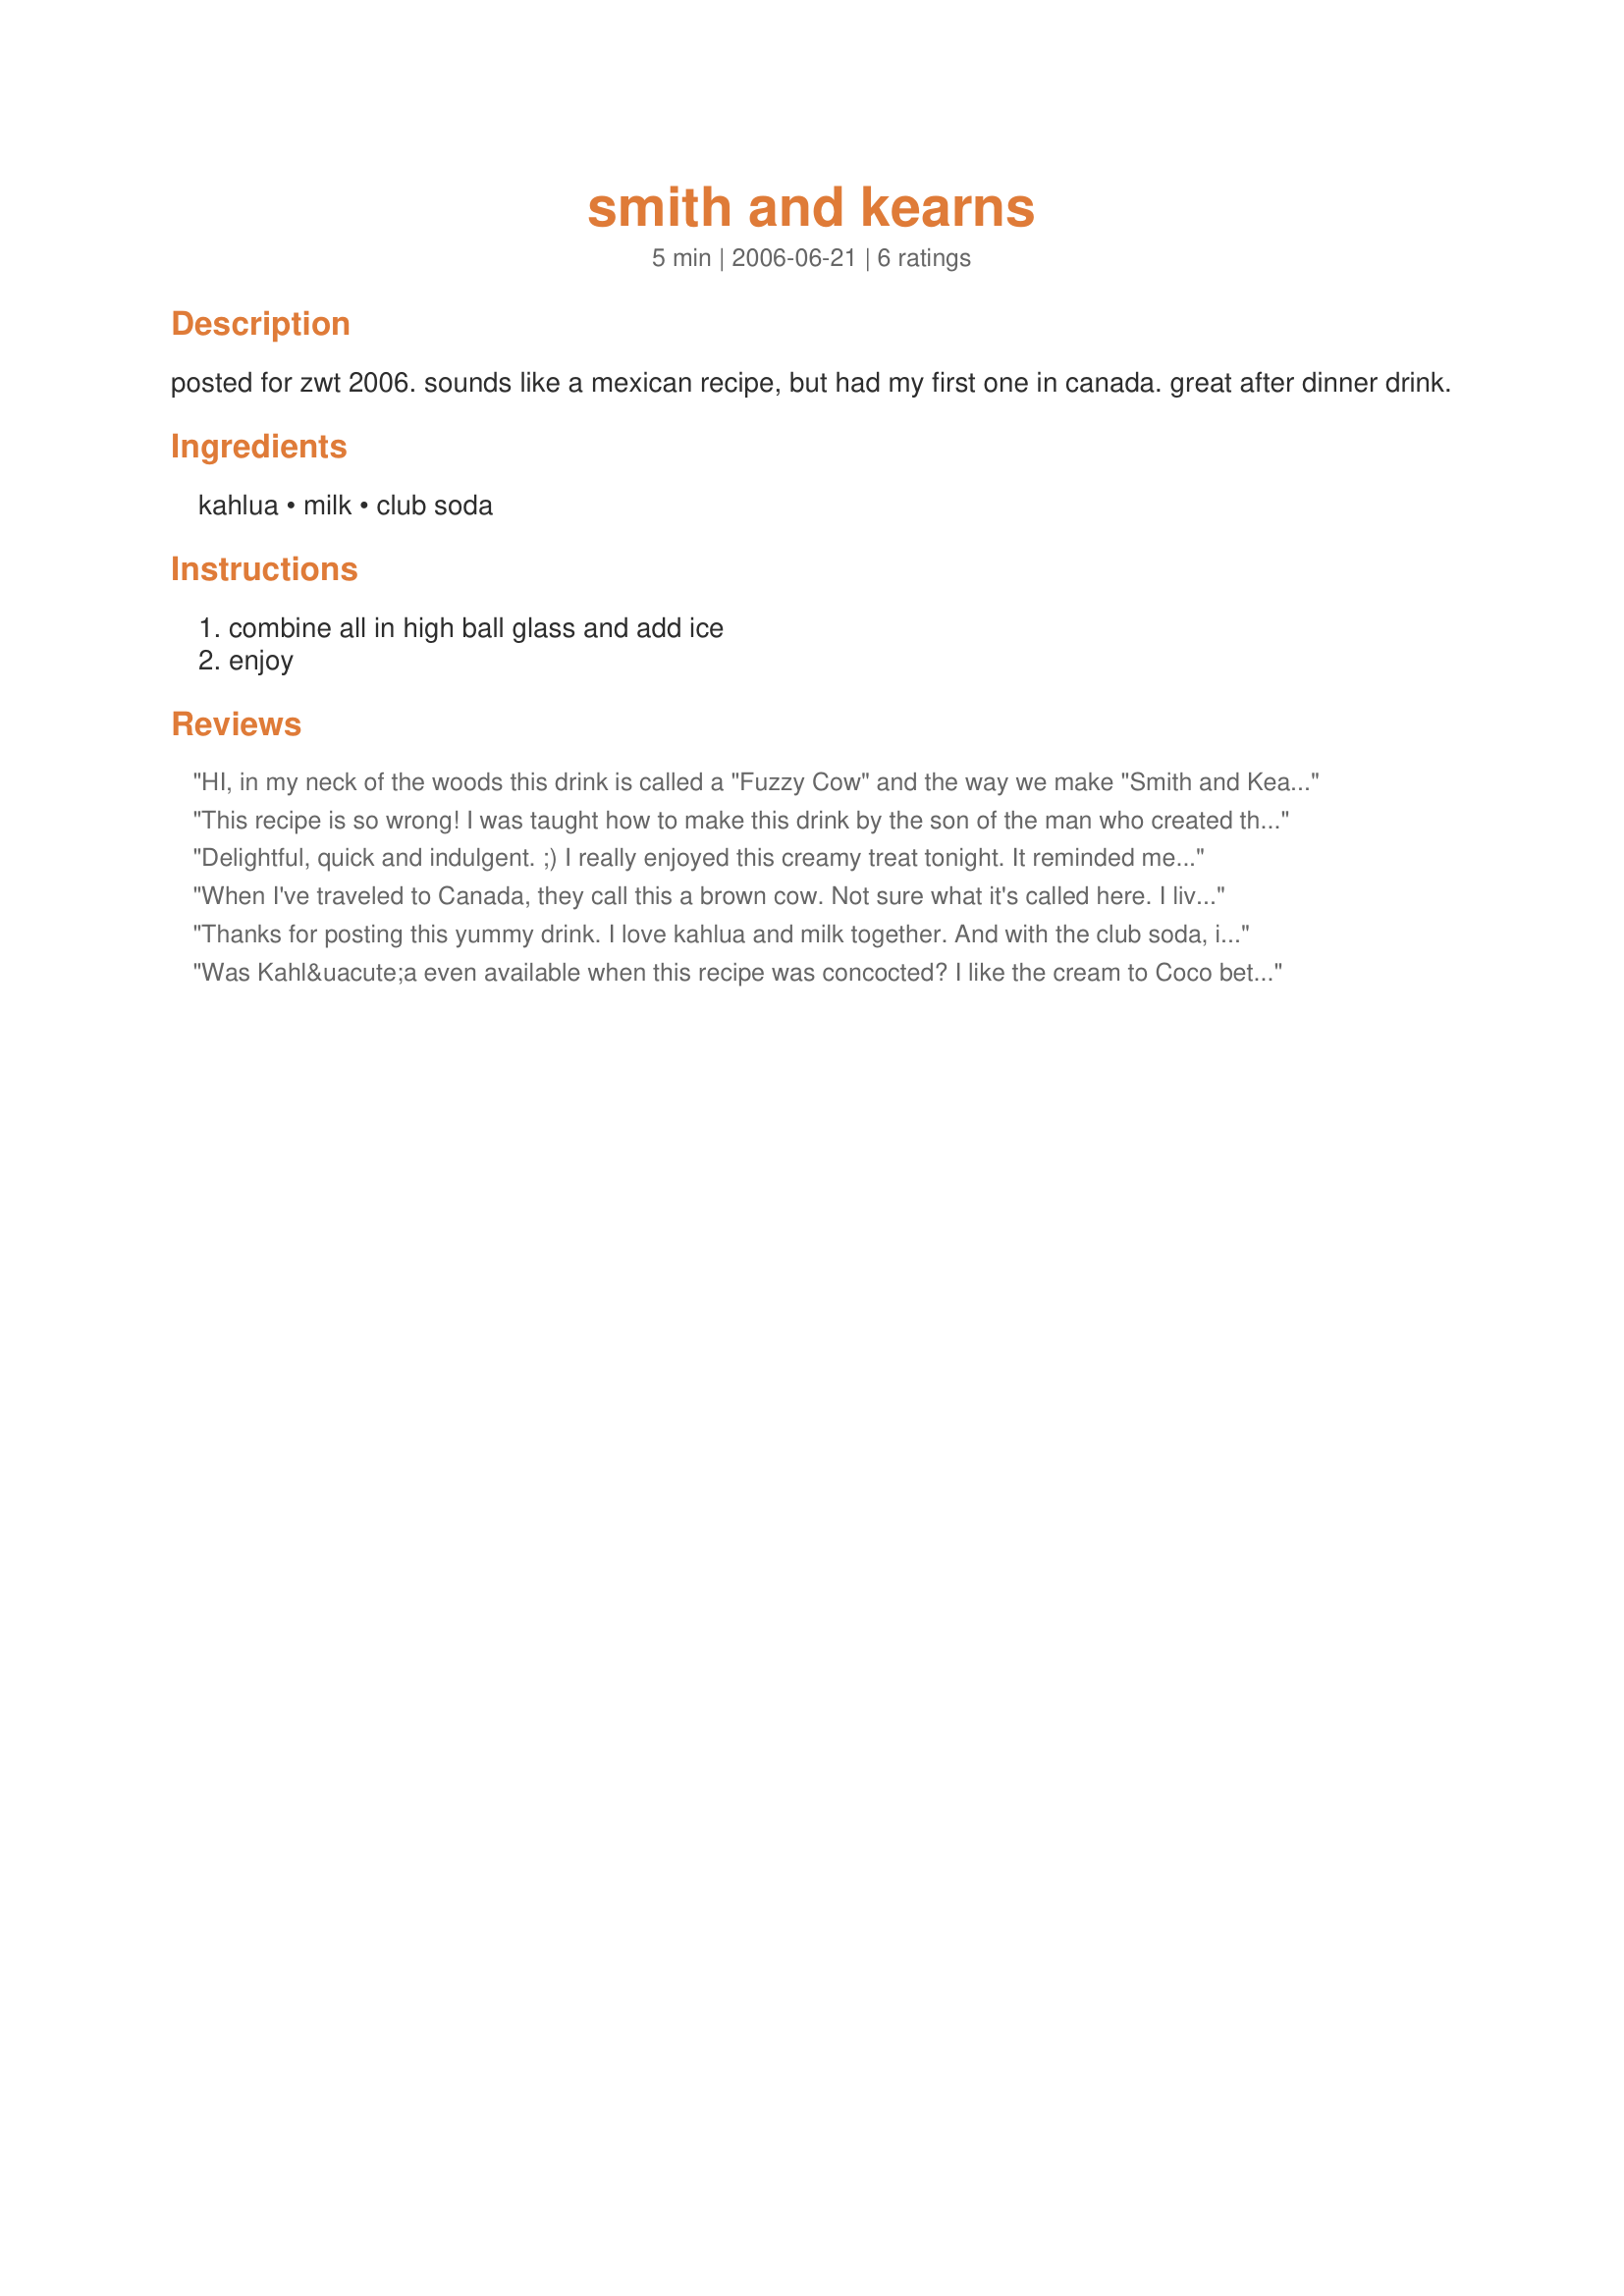
smith and kearns
Preparation time: 5 minutes

posted for zwt 2006. sounds like a mexican recipe, but had my first one in canada. great after dinner drink.

Ingredients:
kahlua, milk, club soda

Steps:
combine all in high ball glass and add ice, enjoy

Reviews:
HI, in my neck of the woods this drink is called a "Fuzzy Cow" and the way we make "Smith and Kearns" is with dark cacao, cream and soda. Love this drink.
Chef Con
This recipe is so wrong! I was taught how to make this drink by the son of the man who created this drink to begin with. It was created in the bar of the Patterson Hotel in Bismarck, North Dakota. It should be 2 ounces creme de cocoa, (not Kahlua) ( De Kuypers is the best), one to two ounces of cream (not milk)....mix, then add the club soda. One of my all-time favorite after dinner drinks!
Delightful, quick and indulgent. ;) I really enjoyed this creamy treat tonight. It reminded me of a white russian a bit. ;) Thanks for posting a great cocktail to add to my collection!
When I've traveled to Canada, they call this a brown cow. Not sure what it's called here. I live in North Dakota where a Smith and Kearns is made with Creme de Cocao, cream and soda. If you're watching calories, substitute half and half for the cream. A ND Smith & Kearns tastes like a milkshake...with a little kick!
Thanks for posting this yummy drink. I love kahlua and milk together. And with the club soda, it adds a little something. Thanks GW. Made for 123 hit wonders
Was Kahl&uacute;a even available when this recipe was concocted? I like the cream to Coco better.
